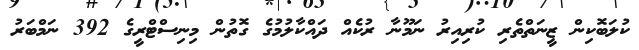
ކުލަބޮކިން ޒީނަތްތެރި ކުރިއިރު ނަމޫނާ ރުކެއް ދައްކާލުމުގެ ގޮތުން މިނިސްޓްރީގެ 392 ނަމްބަރު